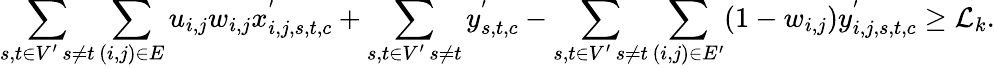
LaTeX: \displaystyle\sum_{\substack{s,t\in V^{\prime}\, s\neq t}}\displaystyle\sum_{(i,j)\in E}u_{i,j}w_{i,j}x_{i,j,s,t,c}^{'}+\displaystyle\sum_{\substack{s,t\in V^{\prime}\, s\neq t}}y_{s,t,c}^{'}-\displaystyle\sum_{\substack{s,t\in V^{\prime}\, s\neq t}}\displaystyle\sum_{(i,j)\in E^{\prime}}(1-w_{i,j})y_{i,j,s,t,c}^{'}\geq\mathcal{L}_{k}.